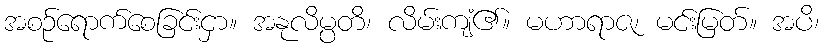
အစဉ်ရောက်စေခြင်းငှာ။ အနုလိမ္ပတိ၊ လိမ်းကျံ၏။ မဟာရာဇ၊ မင်းမြတ်။ အပိ၊